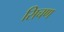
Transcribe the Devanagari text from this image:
सिचण